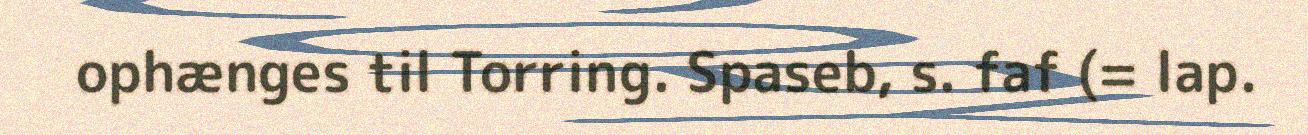
ophænges til Torring. Spaseb, s. faf (= lap.